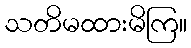
သတိမထားမိကြ။